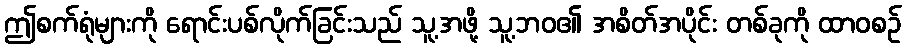
ဤစက်ရုံများကို ရောင်းပစ်လိုက်ခြင်းသည် သူ့အဖို့ သူ့ဘဝ၏ အစိတ်အပိုင်း တစ်ခုကို ထာဝစဉ်